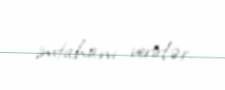
imtahanı verirlər.